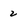
Character: 2